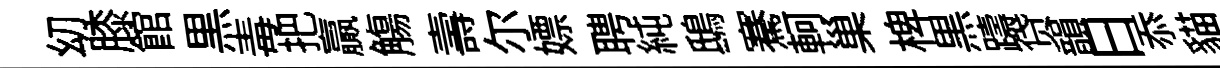
㓜膝館黒毒把贏觴壽尓嫖聘純鴟騫軻巢椑黒躊贷韻日忝貓